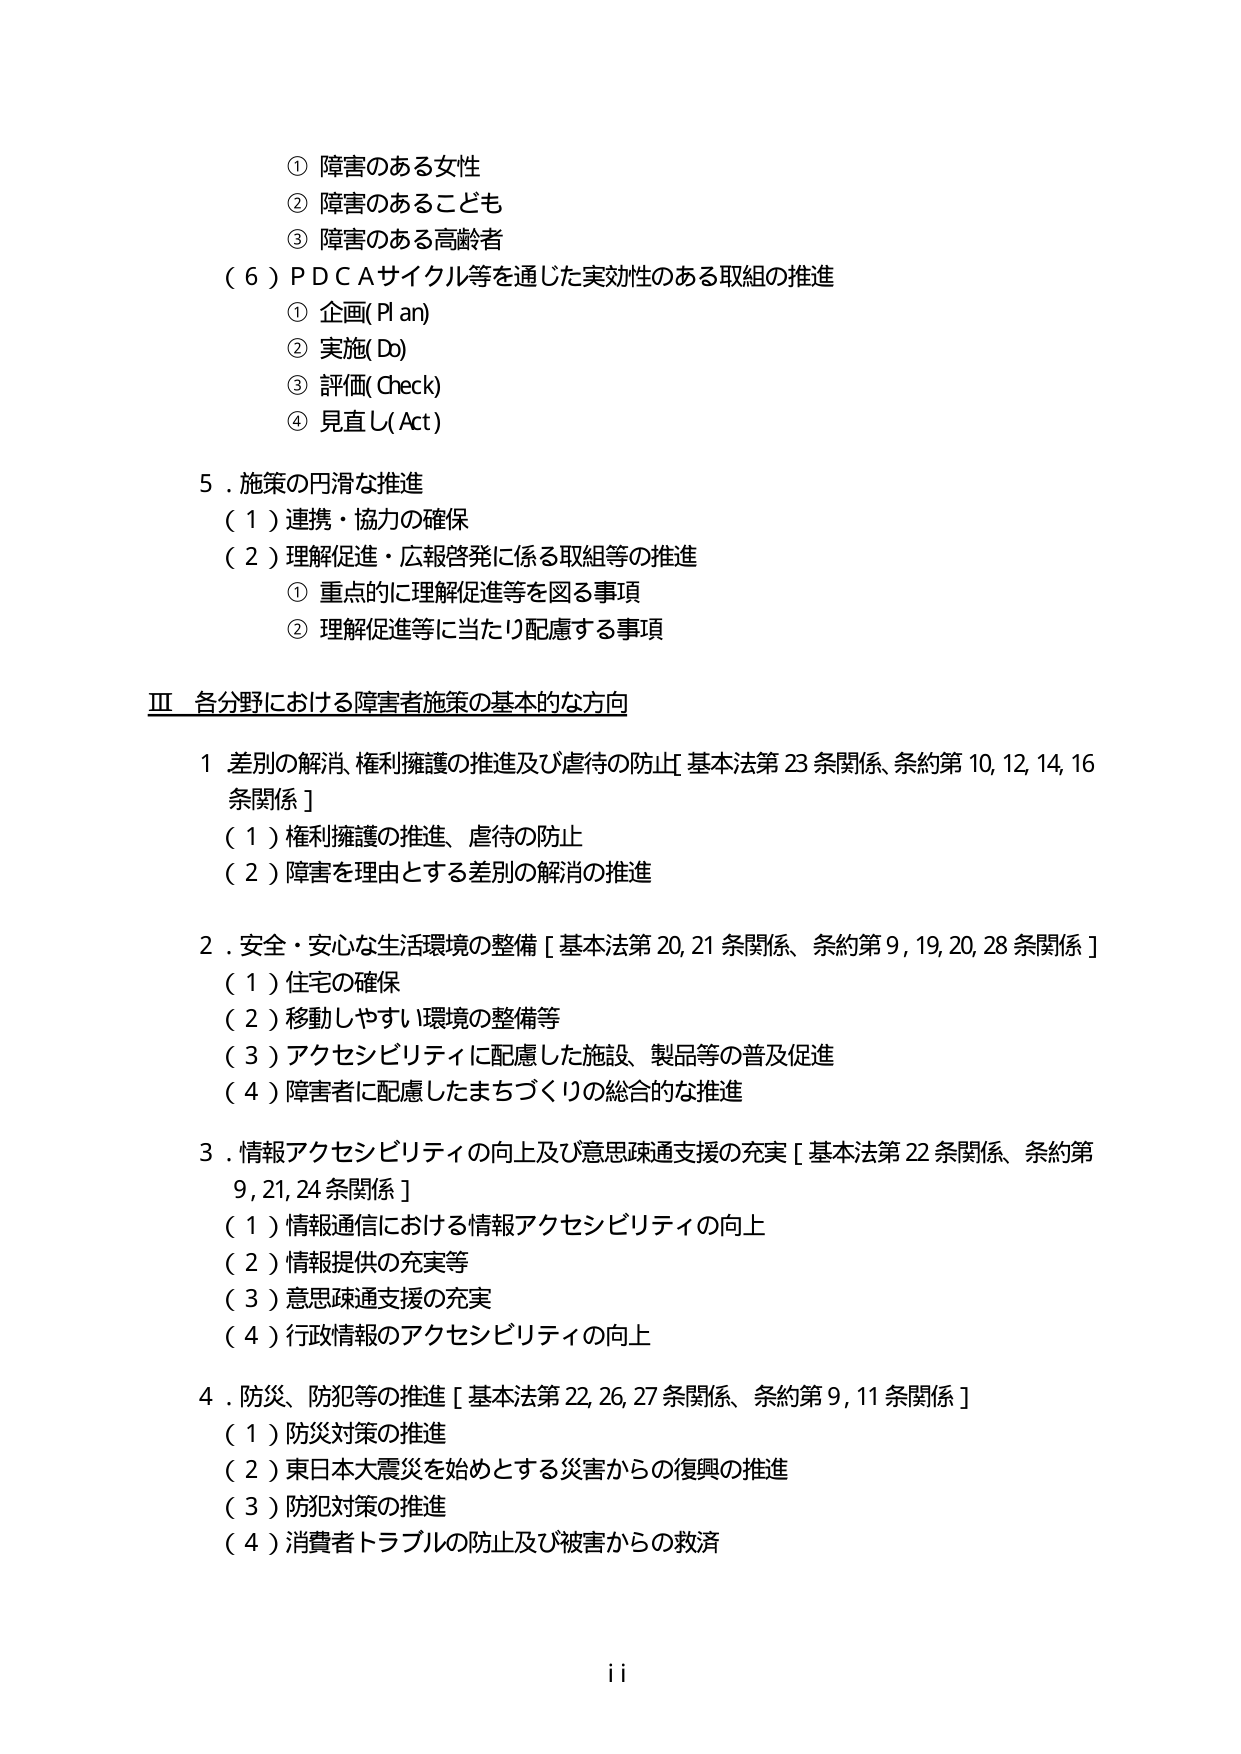
① 障害のある女性
② 障害のあるこども
③ 障害のある高齢者
（６）ＰＤＣＡサイクル等を通じた実効性のある取組の推進
　① 企画(Plan)
　② 実施(Do)
　③ 評価(Check)
　④ 見直し(Act)

５．施策の円滑な推進
　（１）連携・協力の確保
　（２）理解促進・広報啓発に係る取組等の推進
　　① 重点的に理解促進等を図る事項
　　② 理解促進等に当たり配慮する事項

Ⅲ 各分野における障害者施策の基本的な方向

１ 差別の解消、権利擁護の推進及び虐待の防止［基本法第23条関係、条約第10,12,14,16条関係］
　（１）権利擁護の推進、虐待の防止
　（２）障害を理由とする差別の解消の推進

２．安全・安心な生活環境の整備［基本法第20,21条関係、条約第9,19,20,28条関係］
　（１）住宅の確保
　（２）移動しやすい環境の整備等
　（３）アクセシビリティに配慮した施設、製品等の普及促進
　（４）障害者に配慮したまちづくりの総合的な推進

３．情報アクセシビリティの向上及び意思疎通支援の充実［基本法第22条関係、条約第9,21,24条関係］
　（１）情報通信における情報アクセシビリティの向上
　（２）情報提供の充実等
　（３）意思疎通支援の充実
　（４）行政情報のアクセシビリティの向上

４．防災、防犯等の推進［基本法第22,26,27条関係、条約第9,11条関係］
　（１）防災対策の推進
　（２）東日本大震災を始めとする災害からの復興の推進
　（３）防犯対策の推進
　（４）消費者トラブルの防止及び被害からの救済

ii